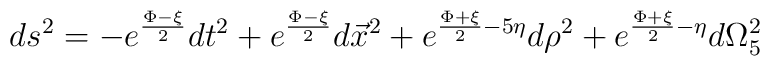
ds^{2} = - e^{\frac{\Phi-\xi}{2}}dt^{2}+e^{\frac{\Phi-\xi}{2}}d\vec{x}^{2}+e^{\frac{\Phi+\xi}{2}-5\eta}d\rho^{2} +e^{\frac{\Phi+\xi}{2}-\eta}d\Omega_{5}^{2}